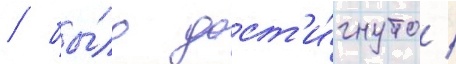
/ бы́ло дост'и́гнуто /